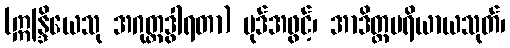
(ဣန္ဒြိယေသု အဂုတ္တဒွါရတာ) ပုဒ်အဖွင့်၊ အာဒိတ္တပရိယာယသုတ်၊